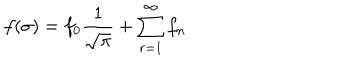
LaTeX: f ( \sigma ) = f _ { 0 } \frac { 1 } { \sqrt { \pi } } + \sum _ { r = 1 } ^ { \infty } f _ { n }